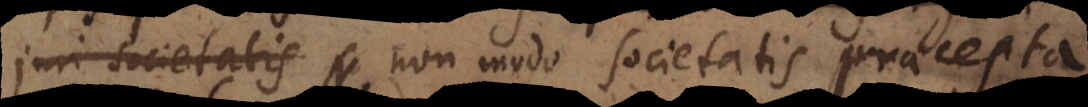
juri societatis non modo societatis praecepta